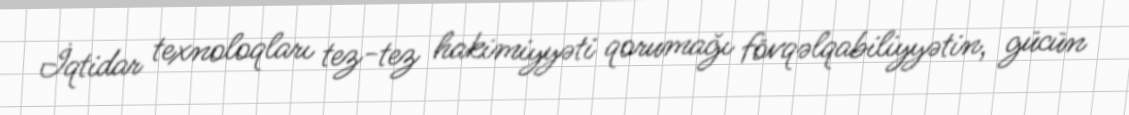
İqtidar texnoloqları tez-tez hakimiyyəti qorumağı fövqəlqabiliyyətin, gücün